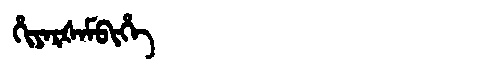
Manchu: ᡥᡳᠶᠠᡵᡧᠠᠮᠪᡳᡥᡝ
Romanization: HIYARŠAMBIHE